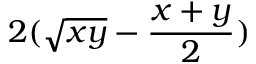
2 ( { \sqrt { x y } } - { \frac { x + y } { 2 } } )